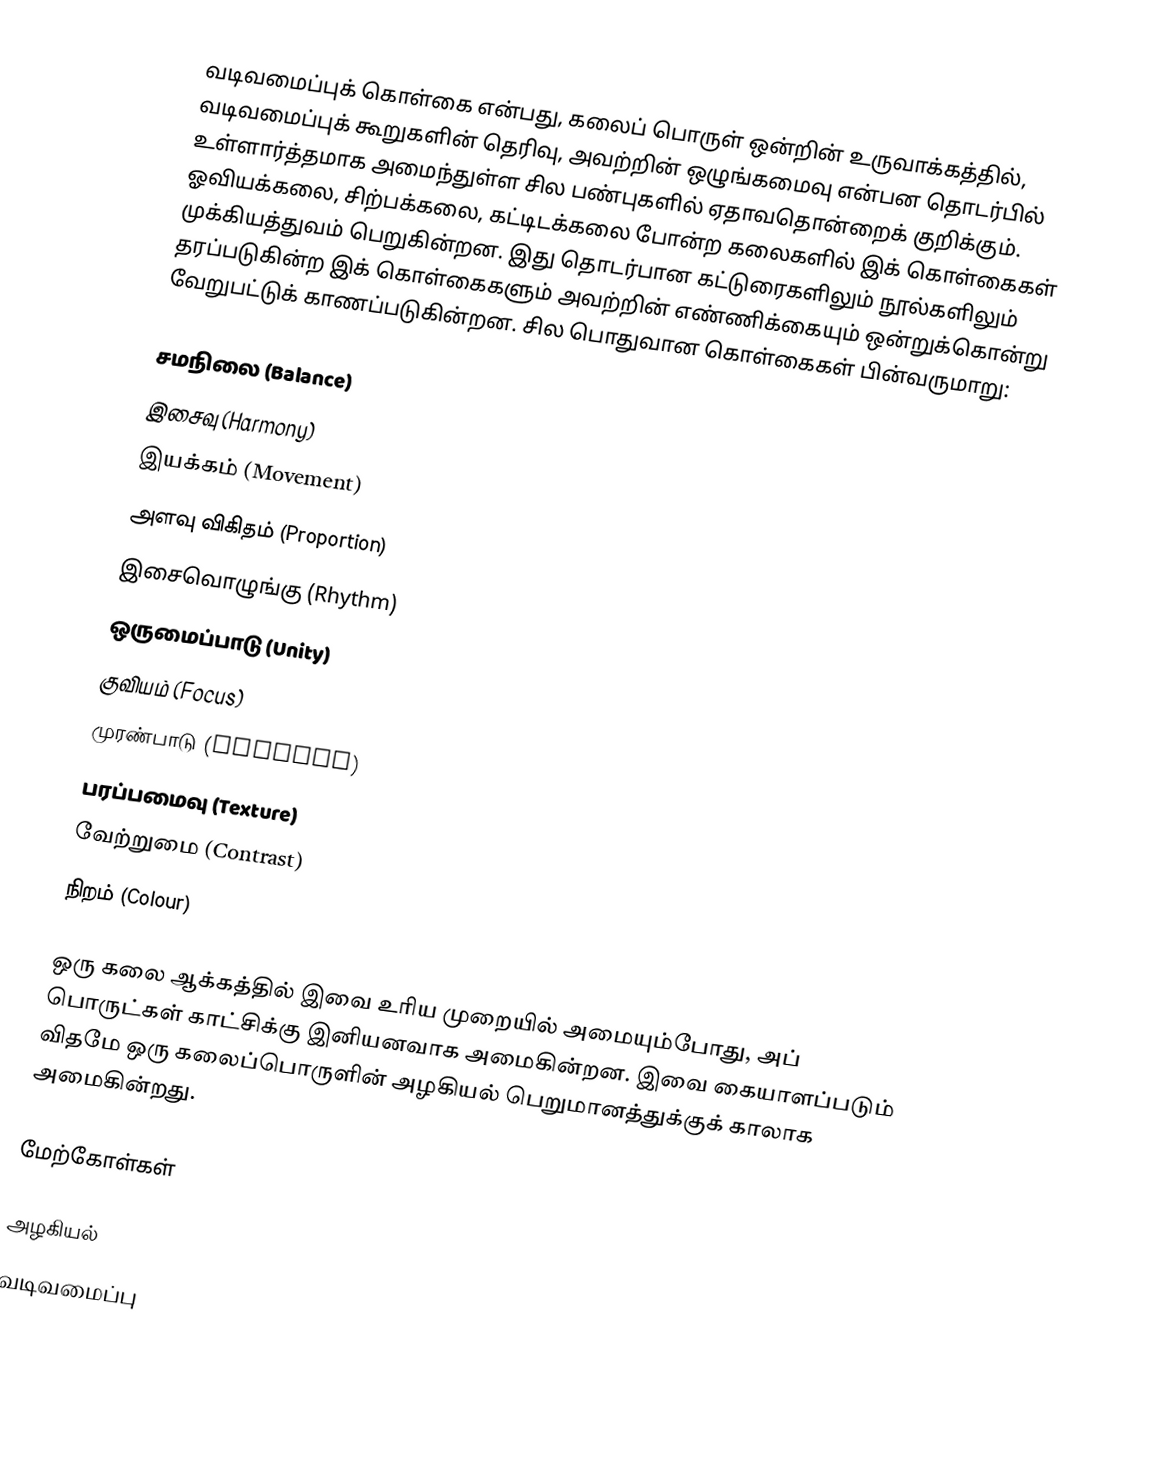
வடிவமைப்புக் கொள்கை என்பது, கலைப் பொருள் ஒன்றின் உருவாக்கத்தில், வடிவமைப்புக் கூறுகளின் தெரிவு, அவற்றின் ஒழுங்கமைவு என்பன தொடர்பில் உள்ளார்த்தமாக அமைந்துள்ள சில பண்புகளில் ஏதாவதொன்றைக் குறிக்கும். ஓவியக்கலை, சிற்பக்கலை, கட்டிடக்கலை போன்ற கலைகளில் இக் கொள்கைகள் முக்கியத்துவம் பெறுகின்றன. இது தொடர்பான கட்டுரைகளிலும் நூல்களிலும் தரப்படுகின்ற இக் கொள்கைகளும் அவற்றின் எண்ணிக்கையும் ஒன்றுக்கொன்று வேறுபட்டுக் காணப்படுகின்றன. சில பொதுவான கொள்கைகள் பின்வருமாறு:

 சமநிலை (Balance)
 இசைவு (Harmony)
 இயக்கம் (Movement)
 அளவு விகிதம் (Proportion)
 இசைவொழுங்கு (Rhythm)
 ஒருமைப்பாடு (Unity)
 குவியம் (Focus)
 முரண்பாடு (Discord)
 பரப்பமைவு (Texture)
 வேற்றுமை (Contrast)
 நிறம் (Colour)

ஒரு கலை ஆக்கத்தில் இவை உரிய முறையில் அமையும்போது, அப் பொருட்கள் காட்சிக்கு இனியனவாக அமைகின்றன. இவை கையாளப்படும் விதமே ஒரு கலைப்பொருளின் அழகியல் பெறுமானத்துக்குக் காலாக அமைகின்றது.

மேற்கோள்கள்

அழகியல்
வடிவமைப்பு